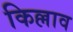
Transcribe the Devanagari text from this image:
किल्लाव